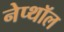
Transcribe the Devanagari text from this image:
नेप्थॉल